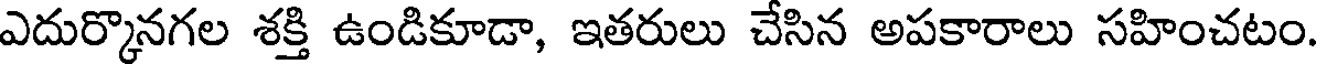
ఎదుర్కొనగల శక్తి ఉండికూడా, ఇతరులు చేసిన అపకారాలు సహించటం